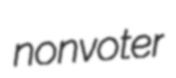
nonvoter